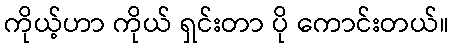
ကိုယ့်ဟာ ကိုယ် ရှင်းတာ ပို ကောင်းတယ်။